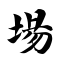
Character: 埸